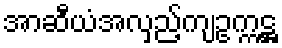
အာဆီယံအလှည့်ကျဥက္ကဋ္ဌ